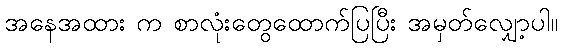
အနေအထား က စာလုံးတွေထောက်ပြပြီး အမှတ်လျှော့ပါ။